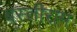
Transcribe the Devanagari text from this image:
बस्तीराम